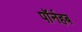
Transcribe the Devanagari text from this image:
पॉर्नहब